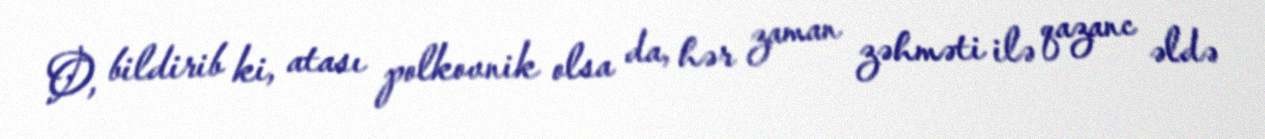
O, bildirib ki, atası polkovnik olsa da, hər zaman zəhməti ilə qazanc əldə